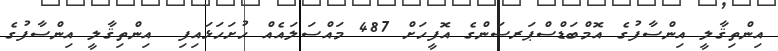
އިންތިޤާލީ އިންސާފުގެ އޮމްބަޑްސްޕަރސަންގެ އޮފީހަށް 487 މައްސަލައެއް ހުށަހަޅައިފި  އިންތިޤާލީ އިންސާފުގެ